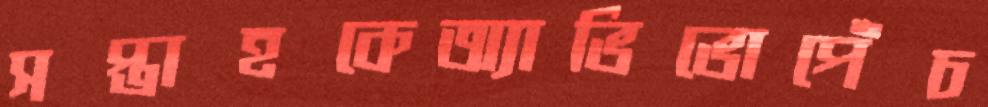
সপ্তাহকেঅ্যাভিভোপেঁচ